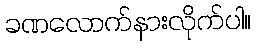
ခဏလောက်နားလိုက်ပါ။